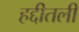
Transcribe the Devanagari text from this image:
हद्दीतली